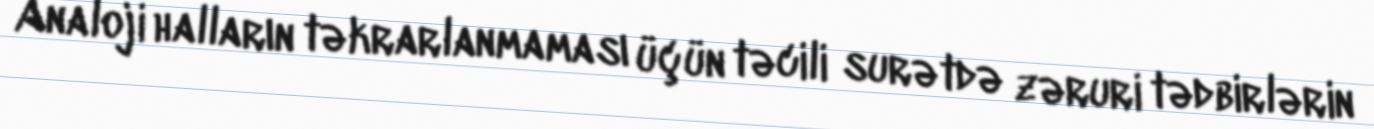
Analoji halların təkrarlanmaması üçün təcili surətdə zəruri tədbirlərin